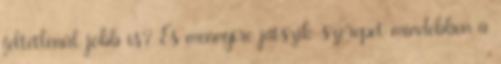
feltétlenül jobb is? És mennyire játszik szerepet mindebben a